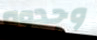
وجدوه